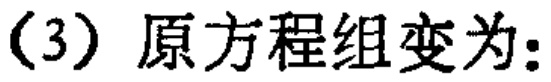
（3）原方程组变为：